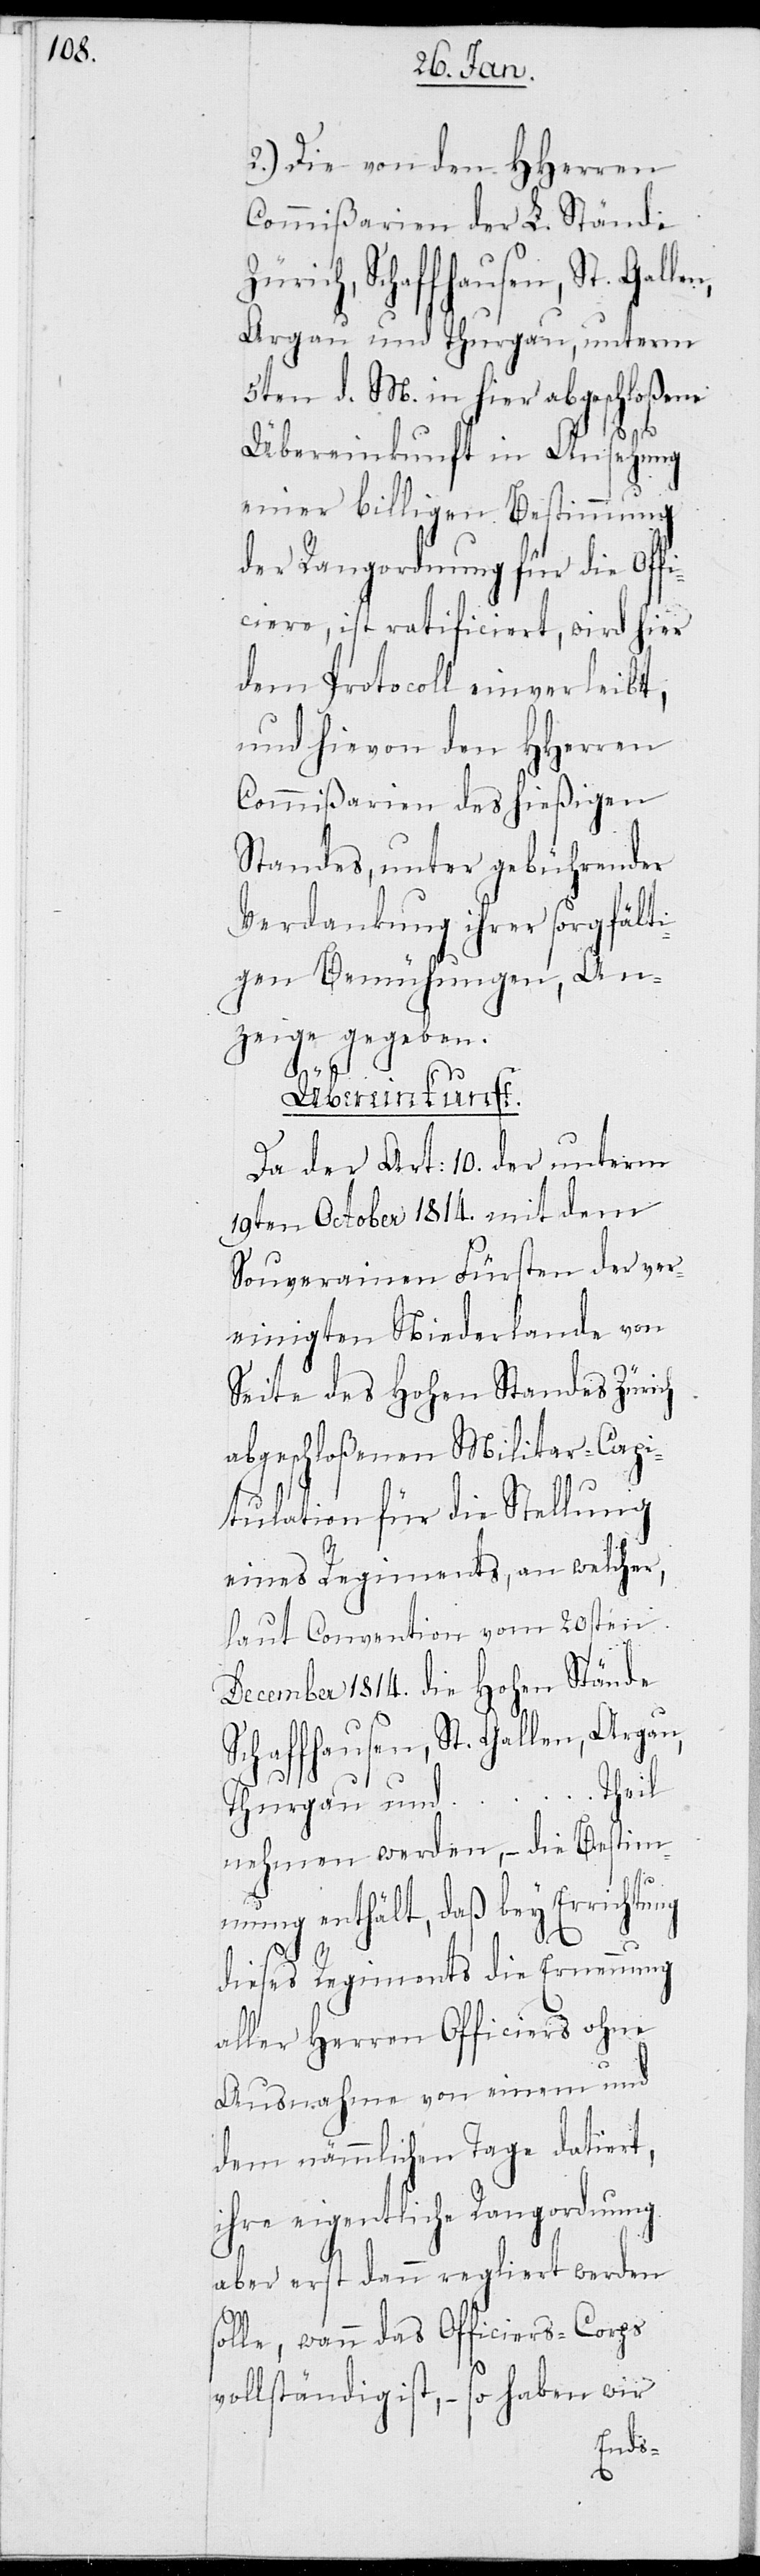
2.) Die von den HHerren
Commißarien der L. Stände
rgau und Thurgau, unterm
5ten d. M. in hier abgeschloßene
Übereinkunft in Ansehung
einer billigen Bestimmung
der Rangordnung für die Offi¬
ciere, ist ratificiert, wird hier
dem Protocoll einverleibt,
und hievon den HHerren
Commißarien des hießigen
Standes, unter gebührender
Verdankung ihrer sorgfälti¬
gen Bemühungen, An¬
zeige gegeben.
Übereinkunft.
Da der Art: 10. der unterm
19ten Oktober 1814. mit dem
Souverainen Fürsten der ver¬
einigten Niederlande von
Seite des Hohen Standes Zürich
abgeschloßenen Militar-Capi¬
tulation für die Stellung
eines Regiments, an welcher,
laut Convention vom 20sten
December 1814. die Hohen Stände
Schaffhausen, St. Gallen, Argau,
Thurgau und ... Theil
nehmen werden, – die Bestim¬
mung enthält, daß bey Errichtung
s¬
dieses Regiments die Ernennung
aller Herren Officiers ohne
Ausnahme von einem und
dem nämmlichen Tage datiert,
ihre eigentliche Rangordnung
aber erst dann regliert werden
olle, wann das Officiers-Corps
vollständig ist, – so haben wir